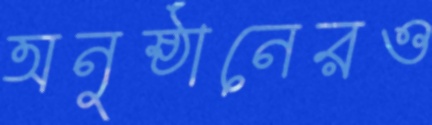
অনুষ্ঠানেরও